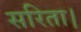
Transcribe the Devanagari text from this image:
सरिता।